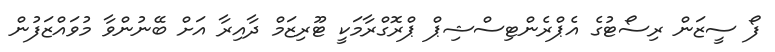
ފޯ ސީޒަން ރިސޯޓުގެ އެޕްރެންޓިސްޝިޕް ޕްރޮގްރާމަކީ ޓޫރިޒަމް ދާއިރާ އަށް ބޭނުންވާ މުވައްޒަފުން